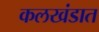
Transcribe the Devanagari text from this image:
कलखंडात